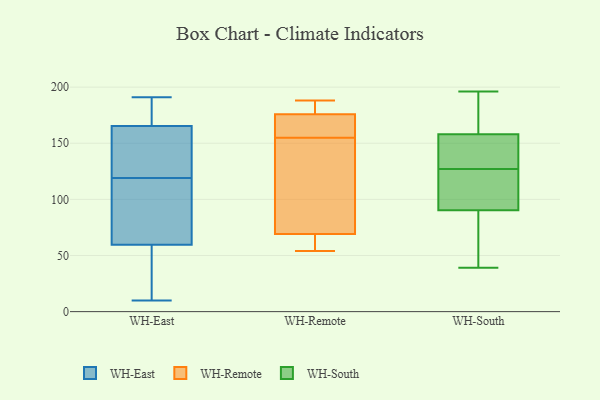
{"axis": {"x": "Active Users", "y": "Value"}, "legend": ["WH-East", "WH-Remote", "WH-South"], "data": [{"x": "", "y": 124, "type": "WH-East"}, {"x": "", "y": 22, "type": "WH-East"}, {"x": "", "y": 191, "type": "WH-East"}, {"x": "", "y": 10, "type": "WH-East"}, {"x": "", "y": 26, "type": "WH-East"}, {"x": "", "y": 174, "type": "WH-East"}, {"x": "", "y": 146, "type": "WH-East"}, {"x": "", "y": 55, "type": "WH-East"}, {"x": "", "y": 186, "type": "WH-East"}, {"x": "", "y": 154, "type": "WH-East"}, {"x": "", "y": 104, "type": "WH-East"}, {"x": "", "y": 151, "type": "WH-East"}, {"x": "", "y": 185, "type": "WH-East"}, {"x": "", "y": 119, "type": "WH-East"}, {"x": "", "y": 75, "type": "WH-East"}, {"x": "", "y": 91, "type": "WH-East"}, {"x": "", "y": 56, "type": "WH-East"}, {"x": "", "y": 169, "type": "WH-East"}, {"x": "", "y": 70, "type": "WH-East"}, {"x": "", "y": 130, "type": "WH-Remote"}, {"x": "", "y": 64, "type": "WH-Remote"}, {"x": "", "y": 169, "type": "WH-Remote"}, {"x": "", "y": 162, "type": "WH-Remote"}, {"x": "", "y": 184, "type": "WH-Remote"}, {"x": "", "y": 168, "type": "WH-Remote"}, {"x": "", "y": 188, "type": "WH-Remote"}, {"x": "", "y": 155, "type": "WH-Remote"}, {"x": "", "y": 185, "type": "WH-Remote"}, {"x": "", "y": 178, "type": "WH-Remote"}, {"x": "", "y": 67, "type": "WH-Remote"}, {"x": "", "y": 54, "type": "WH-Remote"}, {"x": "", "y": 60, "type": "WH-Remote"}, {"x": "", "y": 106, "type": "WH-Remote"}, {"x": "", "y": 76, "type": "WH-Remote"}, {"x": "", "y": 152, "type": "WH-South"}, {"x": "", "y": 182, "type": "WH-South"}, {"x": "", "y": 196, "type": "WH-South"}, {"x": "", "y": 73, "type": "WH-South"}, {"x": "", "y": 153, "type": "WH-South"}, {"x": "", "y": 39, "type": "WH-South"}, {"x": "", "y": 127, "type": "WH-South"}, {"x": "", "y": 64, "type": "WH-South"}, {"x": "", "y": 173, "type": "WH-South"}, {"x": "", "y": 119, "type": "WH-South"}, {"x": "", "y": 96, "type": "WH-South"}, {"x": "", "y": 146, "type": "WH-South"}, {"x": "", "y": 124, "type": "WH-South"}]}